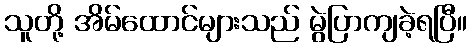
သူတို့ အိမ်ထောင်များသည် မွဲပြာကျခဲ့ရပြီ။